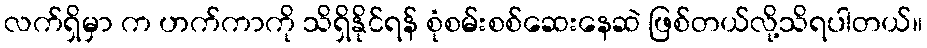
လက်ရှိမှာ က ဟက်ကာကို သိရှိနိုင်ရန် စုံစမ်းစစ်ဆေးနေဆဲ ဖြစ်တယ်လို့သိရပါတယ်။